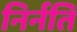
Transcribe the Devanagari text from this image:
निर्नति